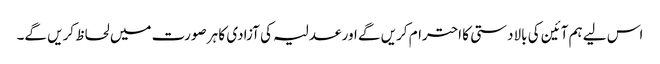
اس لیے ہم آئین کی بالادستی کا احترام کریں گے اور عدلیہ کی آزادی کا ہر صورت میں لحاظ کریں گے۔